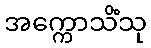
အက္ကောသိံသု